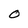
Character: O